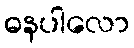
ဓနပါလော